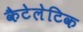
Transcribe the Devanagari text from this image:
कैटेलेटिक